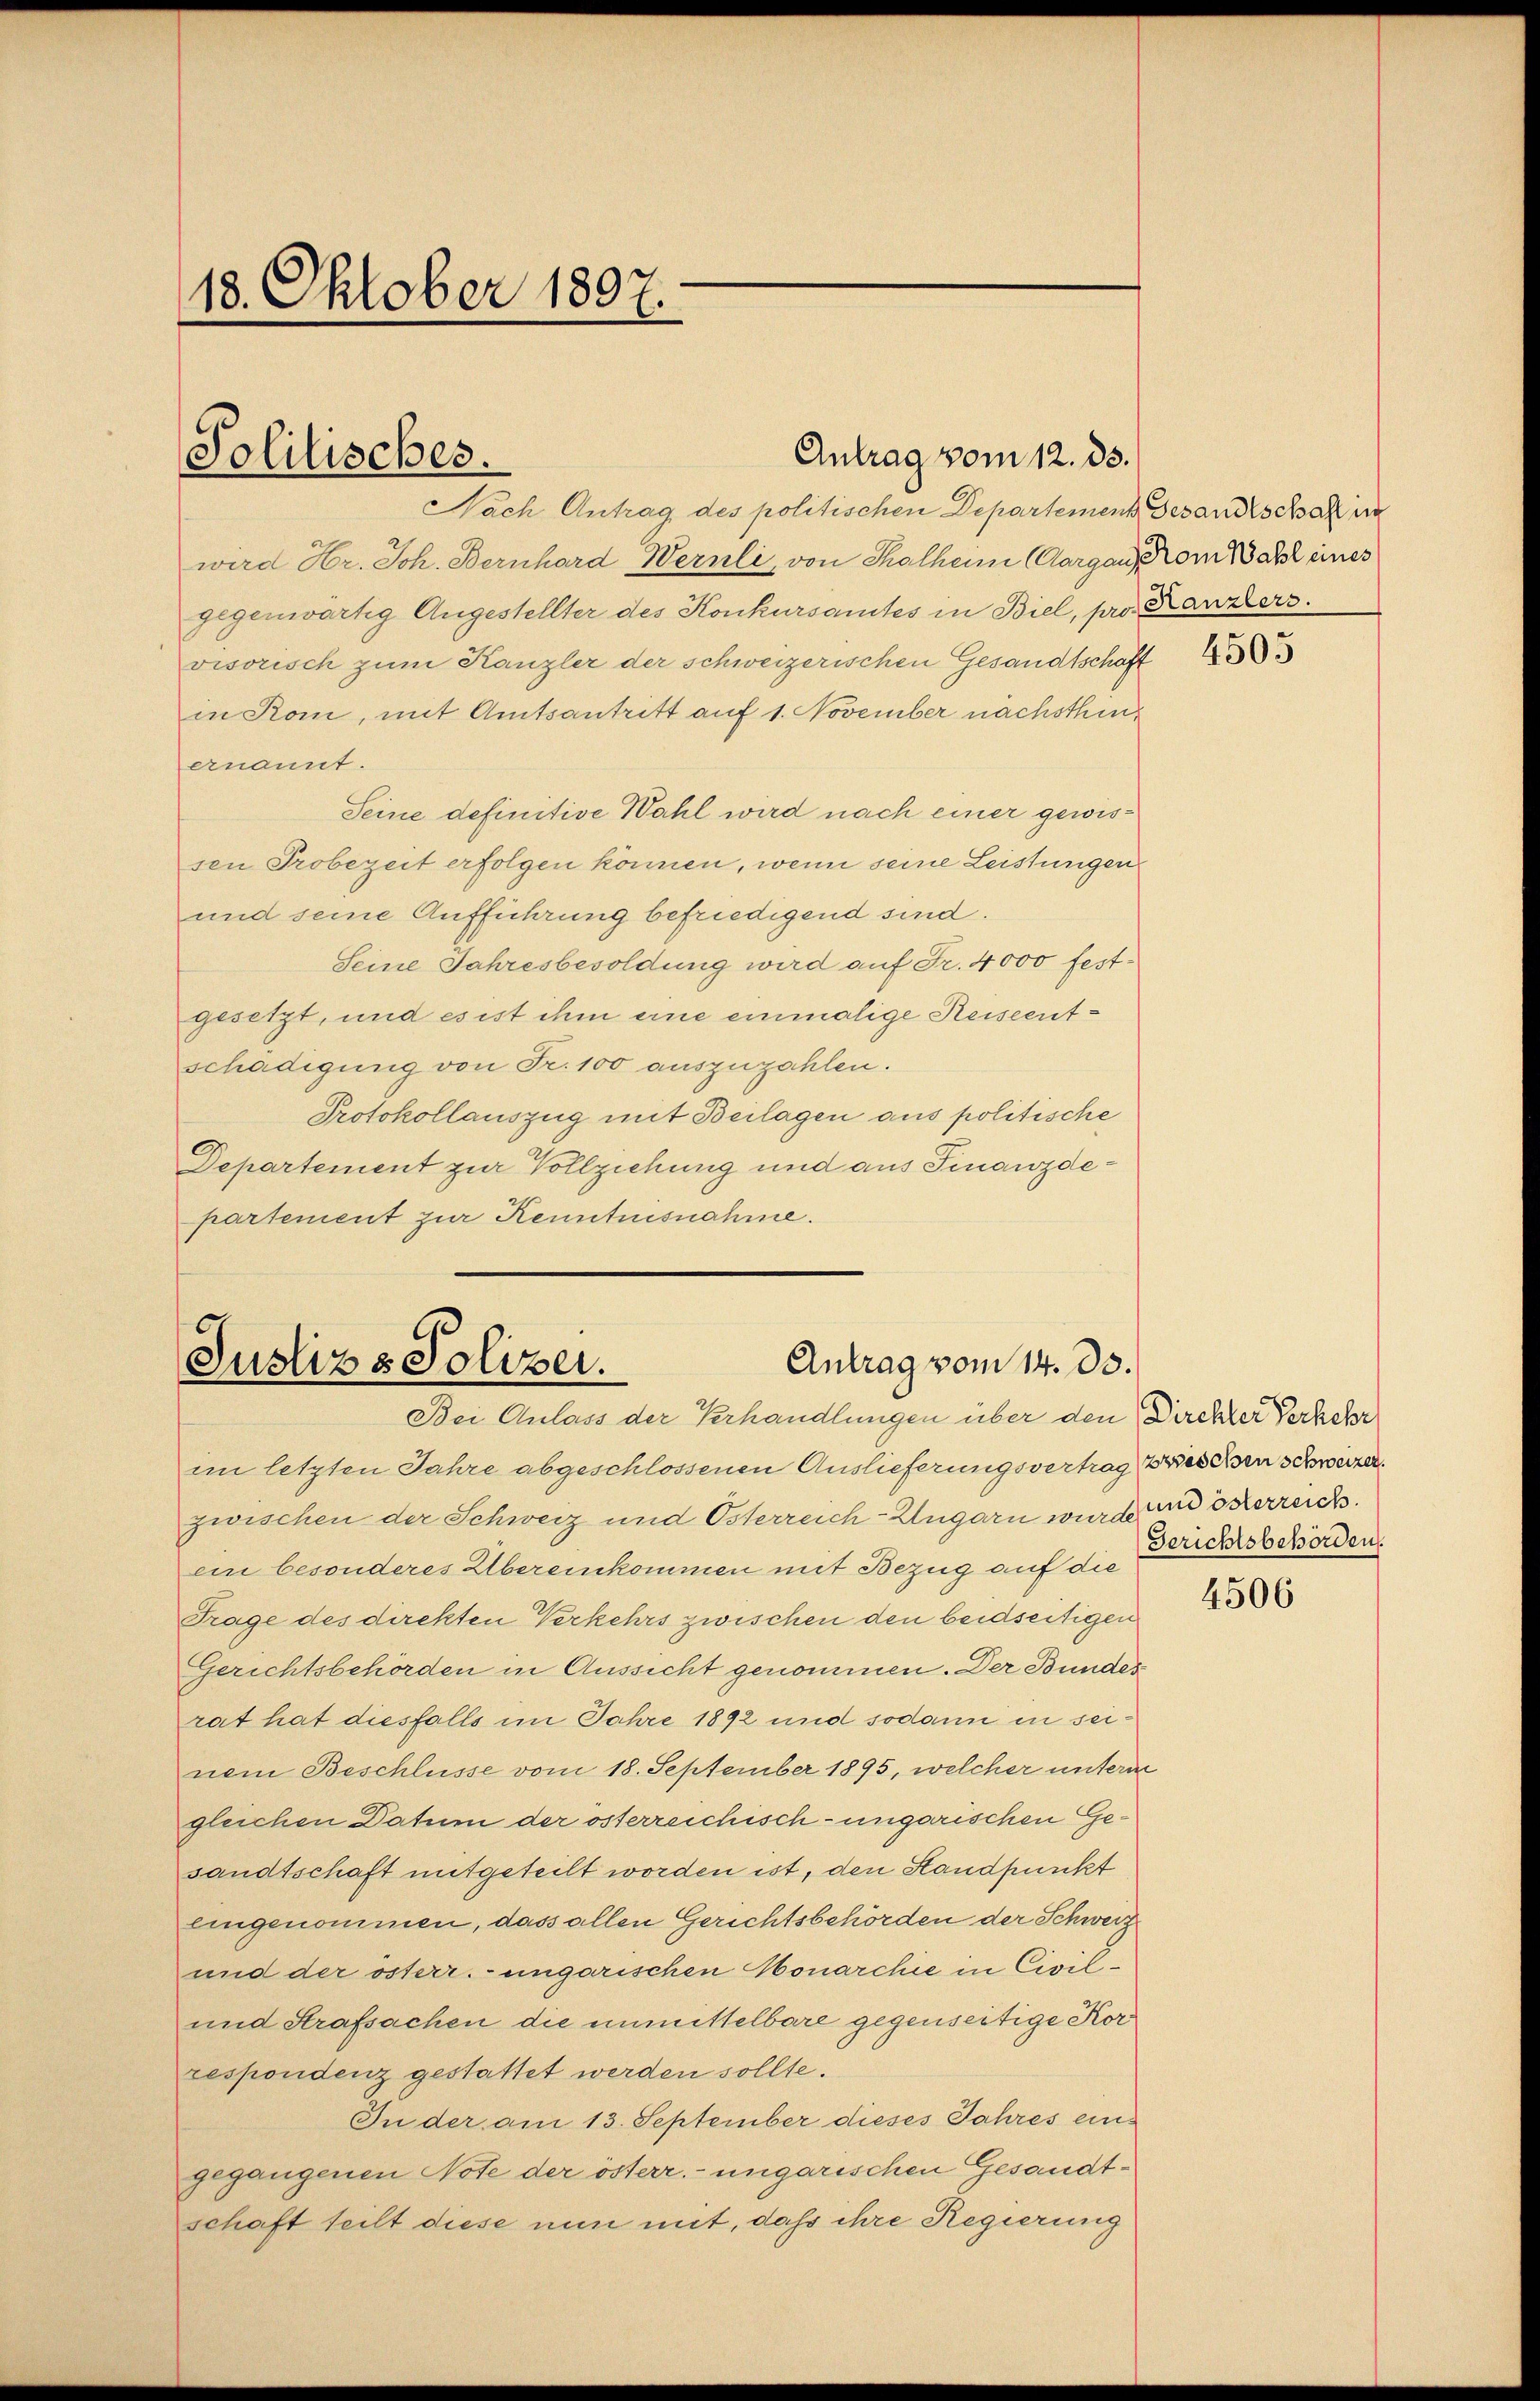
18. Oktober 1897
I

Politisches.

Antrag vom 12. ds.

Nach Antrag des politischen Departement Gesandtschaft in
wird Hr. Joh. Bernhard Wernli, von Thalheim (Aargause am Wahl eines
gegenwärtig Angestellter des Konkursamtes in Biel, pro. Kanzlers.
visorisch zum Kanzler der schweizerischen Gesandtschaft
in Kom, mit Amtsantritt auf 1. November nächsthinenannt.
Seine definitive Wahl wird nach einer gewissen Probezeit erfolgen können, wenn seine Leistungen
und seine Aufführung befriedigend sind.
Seine Jahresbesoldung wird auf Fr. 4000 festgesetzt, und es ist ihm eine einmalige Reiseentschädigung von Fr. 100 auszuzahlen.
Protokollauszug mit Beilagen aus politische
Departement zur Vollziehung und aus Finanzdepartement zur Kenntnisnahme.

Antrag vom 14. ds.
Justiz & Polizei.
Dei Anlass der Verhandlungen über den Dirchter Verkehr

im letzten Jahre abgeschlossenen Auslieferungsvertrag beschen schweizer.
zwischen der Schweiz und Osterreich-Ungarn wurde und österreich.
ein besonderes Übereinkommen mit Bezug auf die
Frage des direkten Verkehrs zwischen den beidseitigen
Gerichtsbehörden in Aussicht genommen. Der Bundes
rat hat diesfalls im Jahre 1892 und sodann in seinem Beschlüsse vom 18. September 1895, welcher unterm
gleichen Datum der österreichisch-ungarischen Gesandtschaft mitgeteilt worden ist, den Standpunkt
eingenommen, dass allen Gerichtsbehörden der Schweiz
und der österr. ungarischen Monarchie in Civil-
und Strafsachen die unmittelbare gegenseitige Korrespondenz gestattet werden sollte.
In der am 13. September dieses Jahres eingegangenen Note der österr. ungarischen Gesandtschaft teilt diese nun mit, daß ihre Regierung

4505

Gerichtsbehörden.

4506